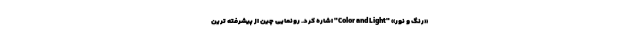
«رنگ و نور» "Color and Light" اشاره کرد. رونمایی چین از پیشرفته ترین